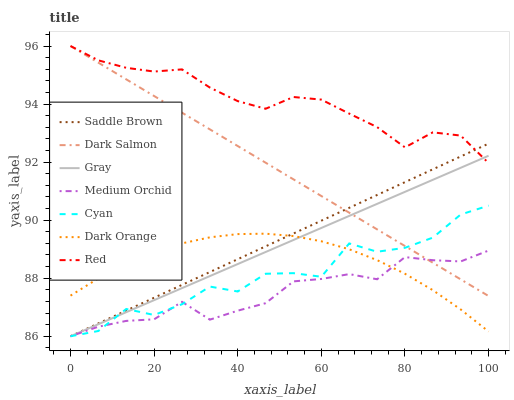
| xaxis_label | Saddle Brown | Dark Salmon | Gray | Medium Orchid | Cyan | Dark Orange | Red |
 | --- | --- | --- | --- | --- | --- | --- | --- |
 | 0 | 86 | 96 | 86 | 86 | 86 | 87.4 | 96 |
 | 6.67 | 86.4 | 95.4 | 86.4 | 86.3 | 86.2 | 88 | 95.5 |
 | 13.3 | 86.9 | 94.9 | 86.8 | 86.5 | 86.9 | 88.5 | 95.2 |
 | 20 | 87.3 | 94.3 | 87.2 | 86.6 | 86.7 | 88.9 | 95.1 |
 | 26.7 | 87.8 | 93.7 | 87.7 | 87.2 | 87.1 | 89.2 | 95.2 |
 | 33.3 | 88.2 | 93.1 | 88.1 | 86.6 | 87.7 | 89.4 | 94.6 |
 | 40 | 88.7 | 92.6 | 88.5 | 86.9 | 87.5 | 89.5 | 94.1 |
 | 46.7 | 89.1 | 92 | 88.9 | 87.1 | 88.2 | 89.5 | 93.8 |
 | 53.3 | 89.5 | 91.4 | 89.3 | 87.9 | 88.2 | 89.5 | 94.2 |
 | 60 | 90 | 90.8 | 89.7 | 88 | 88 | 89.3 | 94.2 |
 | 66.7 | 90.4 | 90.3 | 90.1 | 88.1 | 89.2 | 89 | 93.7 |
 | 73.3 | 90.9 | 89.7 | 90.6 | 88 | 88.9 | 88.6 | 93.2 |
 | 80 | 91.3 | 89.1 | 91 | 88.7 | 89 | 88.2 | 92.5 |
 | 86.7 | 91.8 | 88.5 | 91.4 | 88.6 | 89.4 | 87.6 | 93 |
 | 93.3 | 92.2 | 88 | 91.8 | 88.6 | 90.2 | 86.9 | 92.9 |
 | 100 | 92.6 | 87.4 | 92.2 | 89 | 90.5 | 86.2 | 92 |